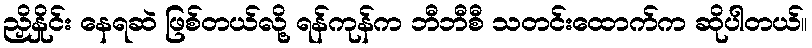
ညှိနှိုင်း နေရဆဲ ဖြစ်တယ်လို့ ရန်ကုန်က ဘီဘီစီ သတင်းထောက်က ဆိုပါတယ်။